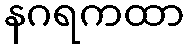
နဂရကထာ